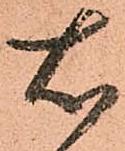
右